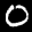
Label: 0